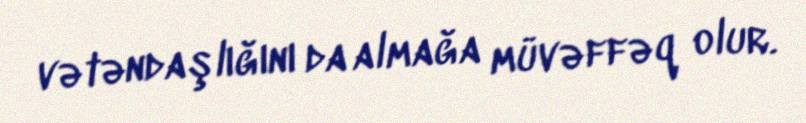
vətəndaşlığını da almağa müvəffəq olur.